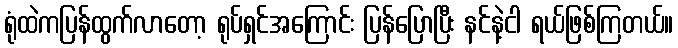
ရုံထဲကပြန်ထွက်လာတော့ ရုပ်ရှင်အကြောင်း ပြန်ပြောပြီး နင်နဲ့ငါ ရယ်ဖြစ်ကြတယ်။